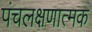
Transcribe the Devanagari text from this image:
पंचलक्षणात्मक